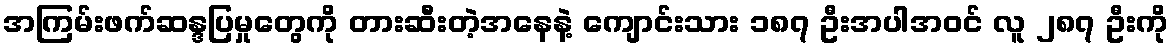
အကြမ်းဖက်ဆန္ဒပြမှုတွေကို တားဆီးတဲ့အနေနဲ့ ကျောင်းသား ၁၈၇ ဦးအပါအဝင် လူ ၂၈၇ ဦးကို